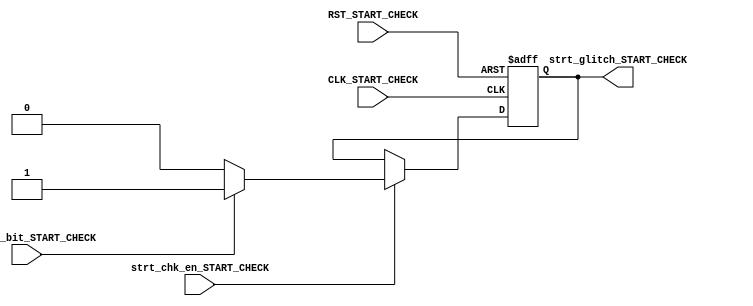
module START_CHECK_URT_RX (
     input    wire        CLK_START_CHECK,
     input    wire        RST_START_CHECK,
     input    wire        strt_chk_en_START_CHECK,
     input    wire        sampled_bit_START_CHECK,
      
     output   reg         strt_glitch_START_CHECK 
);

always@(posedge CLK_START_CHECK or negedge RST_START_CHECK)
  begin
    if(!RST_START_CHECK)
       begin
           strt_glitch_START_CHECK<='b0;
         end
   
    else if(strt_chk_en_START_CHECK)
       begin
           if(!sampled_bit_START_CHECK)
              begin
                strt_glitch_START_CHECK<='b0;
               end
         else
             begin
                strt_glitch_START_CHECK<='b1;
               end
         end
    end
endmodule